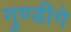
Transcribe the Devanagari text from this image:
गुण्डीगे